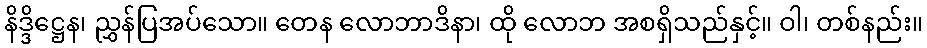
နိဒ္ဒိဋ္ဌေန၊ ညွှန်ပြအပ်သော။ တေန လောဘာဒိနာ၊ ထို လောဘ အစရှိသည်နှင့်။ ဝါ၊ တစ်နည်း။